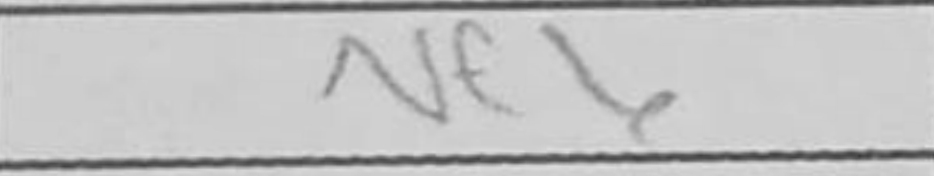
Transcription: Nf6